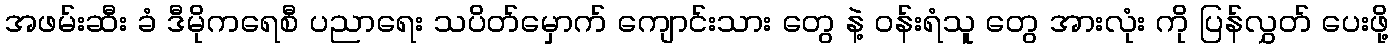
အဖမ်းဆီး ခံ ဒီမိုကရေစီ ပညာရေး သပိတ်မှောက် ကျောင်းသား တွေ နဲ့ ဝန်းရံသူ တွေ အားလုံး ကို ပြန်လွှတ် ပေးဖို့